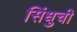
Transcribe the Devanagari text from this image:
सिंधुची